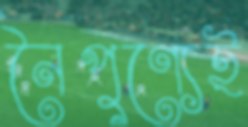
নৈপুণ্যেই